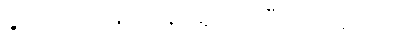
ခွင့်ပြုပါ။ ပန်းကန် ယူလို့ရပြီလား ဆရာ။